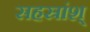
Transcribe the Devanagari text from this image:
सहस्रांश्